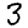
Digit: 3